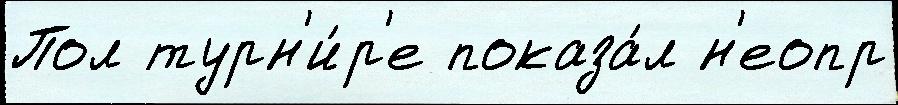
Пол турн'и́р'е показа́л н'еопр